Vaccination in Bombay 1913-1923 - 1913-1923
Year: 1913
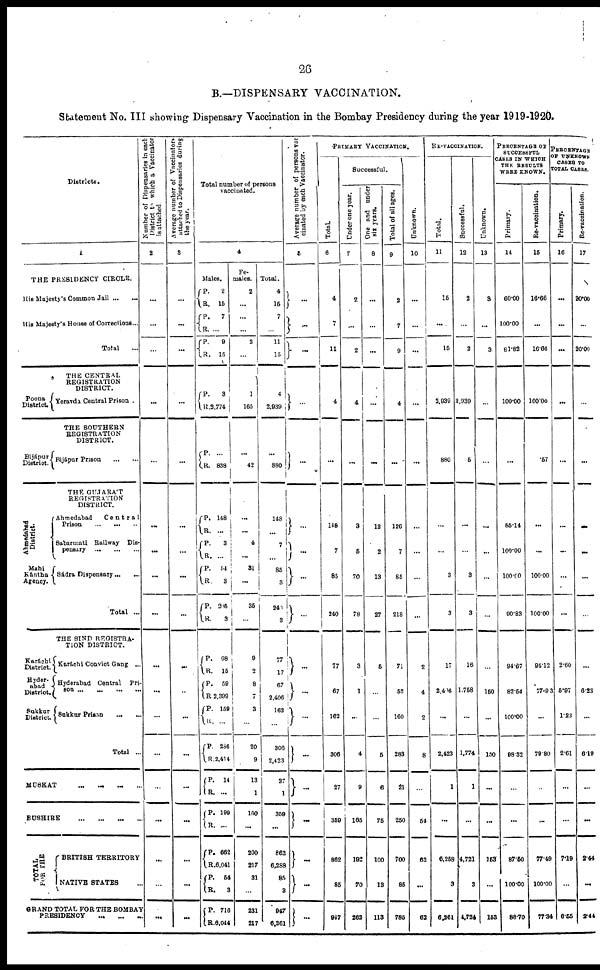
26
B.—DISPENSARY VACCINATION.
Statement No. III showing Dispensary Vaccination in the Bombay Presidency during the year 1919-1920.
Districts.
1
THE PRESIDENCY CIRCLE.
His Majesty's Common Jail ... ...
His Majesty's House of Corrections...
Total ...
THE CENTRAL
REGISTRATION
DISTRICT.
Poona
District.
Yeravda Central Prison .
THE SOUTHERN
REGISTRATION
DISTRICT.
Bijápur
District.
Ahmedabad
District.
Mahi
Kántha
Agency.
Bijápur Prison
...
...
THE GUJARÁT
REGISTRÁTION
DISTRICT.
Ahmedabad
Central
Prison
...
...
...
Sabarmati Railway Dis-
pensary
...
...
...
Sádra Dispensary ... ...
Total ...
THE SIND REGISTRA-
TION DISTRICT.
Karáchi
District.
Hyder-
abad
District.
Sukkur
District.
Karáchi Convict Gang ...
Hyderabad Central
Pri-
son ... ... ... ...
Sukkur Prison
...
...
Total ...
MUSKAT ... ... ... ...
BUSHIRE
...
...
...
...
T OTAL
FOR THE
BRITISH TERRITORY
NATIVE STATES ...
GRAND TOTAL FOR THE BOMBAY
PRESIDENCY ... ... ...
Number of Dispensaries in each
District to which a Vaccinator
is attached.
2
...
...
...
...
...
...
...
...
...
...
...
...
...
...
...
...
...
...
Average number of Vaccinators
attached to Dispensaries during
the year.
3
...
...
...
...
...
...
...
...
...
...
...
...
...
...
...
...
...
...
Total number of persons
vaccinated.
4
Males.
P.
R.
P.
R.
P.
R.
P.
R.
P.
R.
P.
R.
P.
R.
P. R.
P.
R.
P.
R.
P. R.
P.
R.
P.
R.
P.
R.
P.
R.
P.
R.
P.
R.
P.
R.
2
15
7
...
9
15
3
3,774
...
838
148
...
3
...
54
3
205
3
68
15
59
2,399
159
...
286
2,414
14
...
199
...
662
6,041
54
3
716
6,044
Fe-
males.
2
...
...
...
2
...
1
165
...
42
...
...
4
...
31
...
35
...
9
2
8
7
3
...
20
9
13
1
160
...
200
217
31
...
231
217
Total.
4
15
7
...
11
15
4
2,939
...
880
148
...
7
...
85
3
241
3
77
17
67
2,406
162
...
306
2,423
27
1
359
...
862
6,288
85
3
947
6,261
Average number of persons vac
cinated by each Vaccinator.
5
...
...
...
...
...
...
...
...
...
...
...
...
...
...
...
...
...
...
PRIMARY VACCINATION.
Total.
6
4
7
11
4
...
148
7
85
240
77
67
162
306
27
359
862
85
947
Successful.
Under one year.
7
2
...
2
4
...
3
5
70
78
3
1
...
4
9
165
192
70
262
One and under
six years.
8
...
...
...
...
...
12
2
13
27
5
...
...
5
6
75
100
13
113
Total of all ages.
9
2
7
9
4
...
126
7
85
218
71
52
160
283
21
250
700
85
785
Unknown.
10
...
...
...
...
...
...
...
...
...
2
4
2
8
...
54
62
...
62
RE-VACCINATION.
Total.
11
15
....
15
3,939
880
...
...
3
3
17
2,406
...
2,423
1
...
6,258
3
6,261
Successful.
12
2
...
2
2,939
5
...
...
3
3
16
1,758
...
1.774
1
...
4,721
3
4,724
Unknown.
13
3
...
3
...
...
...
...
...
...
...
150
...
150
...
...
153
...
153
PERCENTAGE OF
SUCCESSFUL
CASES IN WHICH
THE RESULTS
WERE KNOWN.
Primary.
14
60.00
100.00
61.82
100.00
...
85.14
100.00
100.00
90.83
94.67
82.54
100.00
98.32
...
...
87.50
100.00
88.70
Re-vaccination.
15
16.66
...
16.66
100.00
.57
...
...
100.00
100.00
91.12
77.93
...
79.80
...
...
77.49
100.00
77.34
PERCENTAGE
OF UNKNOWN
CASES TO
TOTAL CASES.
Primary.
16
...
...
...
...
...
...
...
...
...
2.60
5.97
1.23
2.61
...
...
7.19
...
6.55
Re-vaccination.
17
20.00
...
20.00
...
...
...
...
...
...
...
6.23
...
6.19
...
...
2.44
...
2.44